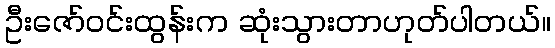
ဦးဇော်ဝင်းထွန်းက ဆုံးသွားတာဟုတ်ပါတယ်။